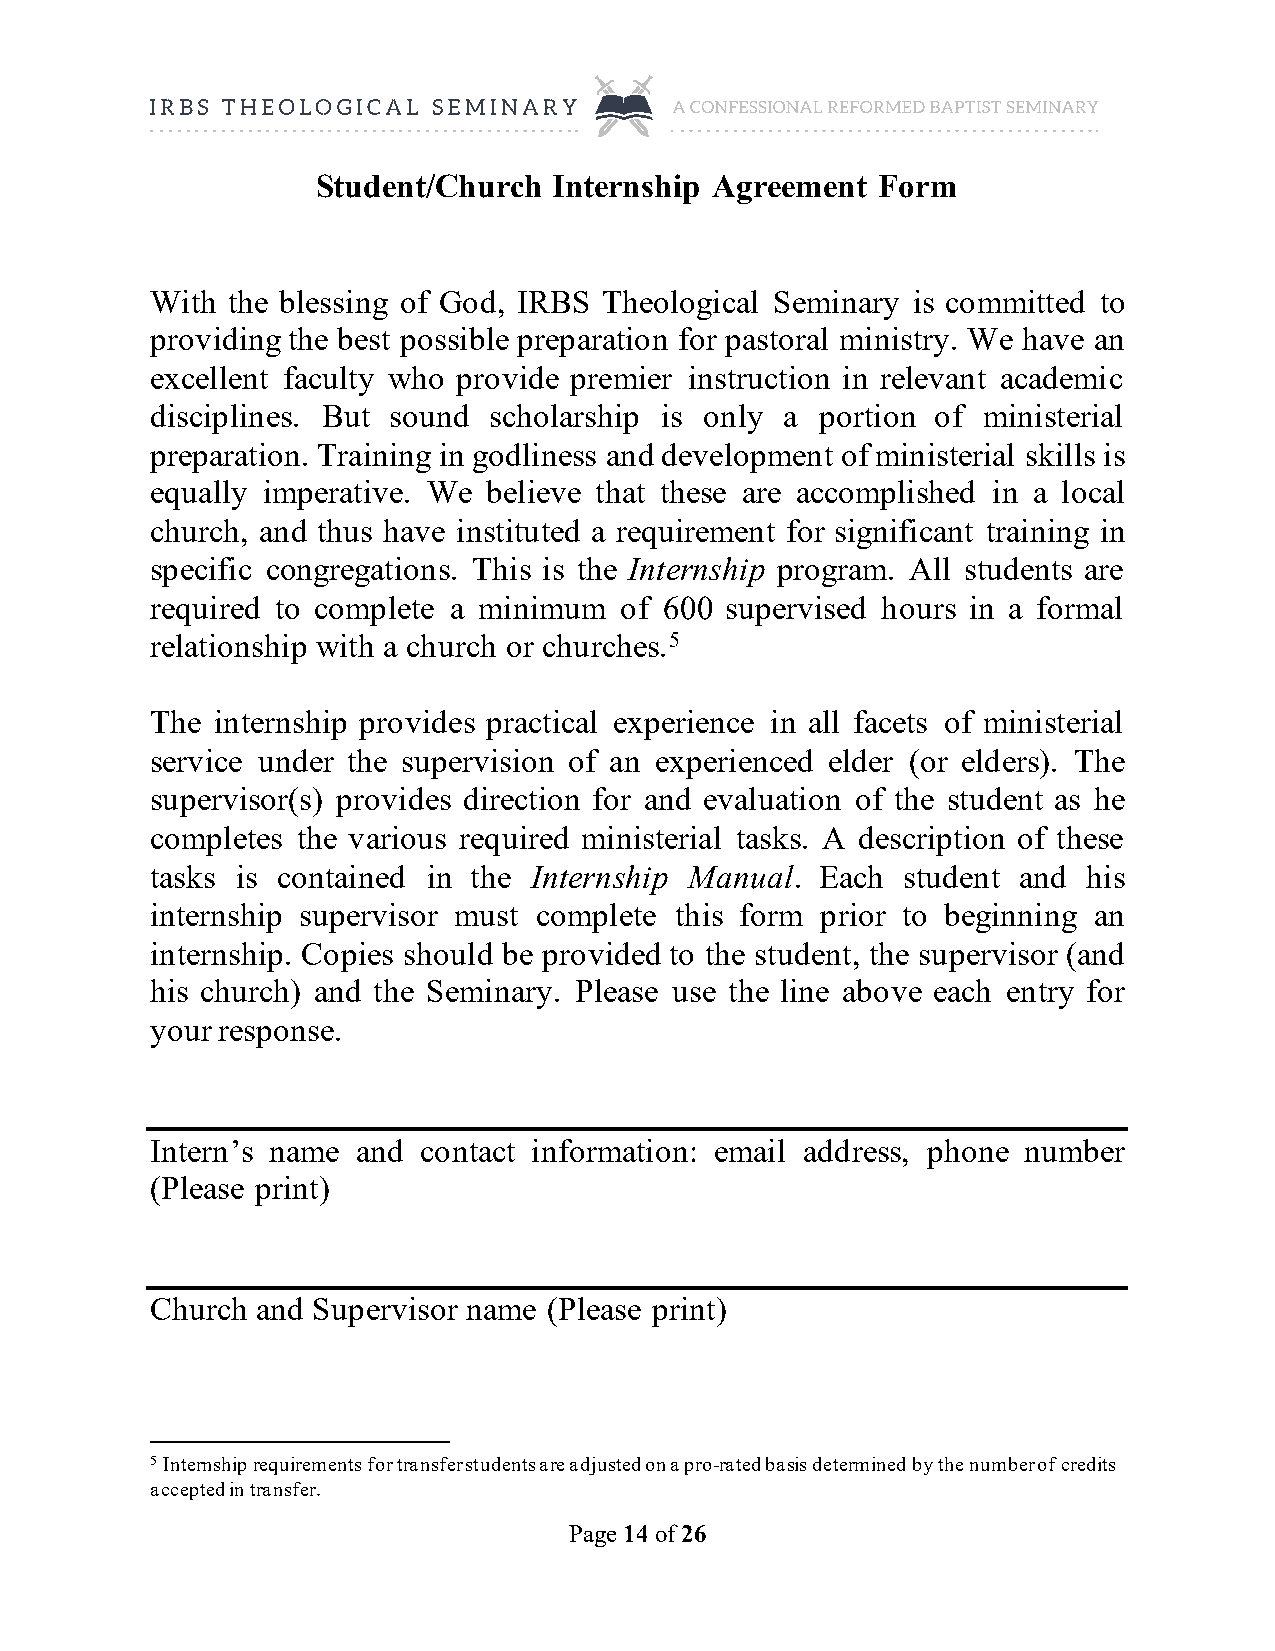
Student/Church  Internship Agreement Form
 With the blessing of God, IRBS Theological Seminary is committed to
 providing the best possible preparation for pastoral ministry. We have an
 excellent faculty who provide premier instruction in relevant academic
 disciplines. But sound scholarship is only a portion of ministerial
 preparation. Training in godliness and development of ministerial skills is
 equally imperative. We believe that these are accomplished in a local
 church, and thus have instituted a requirement for significant training in
 specific congregations. This is the Internship program. All students are
 required to complete a minimum of 600 supervised hours in a formal
 relationship with a church or churches.5
 The internship provides practical experience in all facets of ministerial
 service under the supervision of an experienced elder (or elders). The
 supervisor(s) provides direction for and evaluation of the student as he
 completes the various required ministerial tasks. A description of these
 tasks is contained in the Internship Manual. Each student and his
 internship supervisor must complete this form prior to beginning an
 internship. Copies should be provided to the student, the supervisor (and
 his church) and the Seminary. Please use the line above each entry for
 your response.
 Intern’s name and contact information: email address, phone number
 (Please print)
 Church and Supervisor name (Please print)
 5 Internship requirements for transfer students are adjusted on a pro-rated basis determined by the number of credits
 accepted in transfer.
 Page 14 of 26